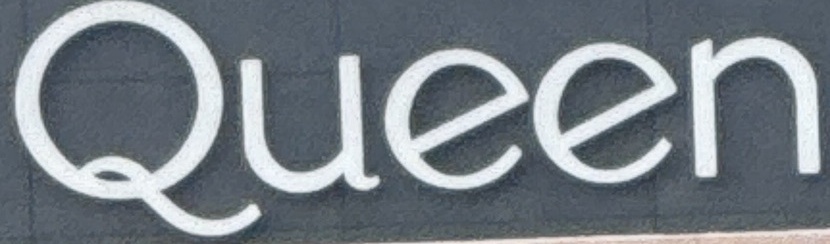
Queen